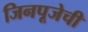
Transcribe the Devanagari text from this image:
जिनपूजेची